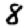
Digit: 8